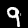
Digit: 9